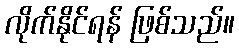
လိုက်နိုင်ရန် ဖြစ်သည်။